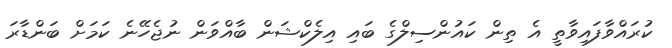
ކުރައްވާފައިވާތީ އެ ތިން ކައުންސިލްގެ ބައި އިލެކްޝަން ބާއްވަން ނުޖެހޭނެ ކަމަށް ބަންޑާރަ